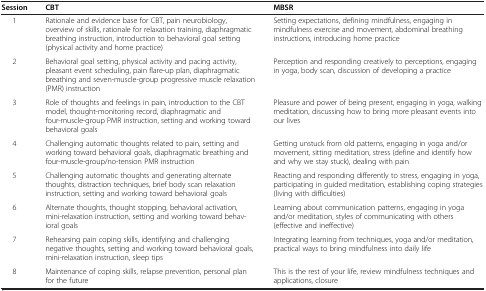
| Session | CBT | MBSR |
 | --- | --- | --- |
 | 1 | Rationale and evidence base for CBT, pain neurobiology, overview of skills, rationale for relaxation training, diaphragmatic breathing instruction, introduction to behavioral goal setting (physical activity and home practice) | Setting expectations, defining mindfulness, engaging in mindfulness exercise and movement, abdominal breathing instructions, introducing home practice |
 | 2 | Behavioral goal setting, physical activity and pacing activity, pleasant event scheduling, pain flare-up plan, diaphragmatic breathing and seven-muscle-group progressive muscle relaxation (PMR) instruction | Perception and responding creatively to perceptions, engaging in yoga, body scan, discussion of developing a practice |
 | 3 | Role of thoughts and feelings in pain, introduction to the CBT model, thought-monitoring record, diaphragmatic and four-muscle-group PMR instruction, setting and working toward behavioral goals | Pleasure and power of being present, engaging in yoga, walking meditation, discussing how to bring more pleasant events into our lives |
 | 4 | Challenging automatic thoughts related to pain, setting and working toward behavioral goals, diaphragmatic breathing and four-muscle-group/no-tension PMR instruction | Getting unstuck from old patterns, engaging in yoga and/or movement, sitting meditation, stress (define and identify how and why we stay stuck), dealing with pain |
 | 5 | Challenging automatic thoughts and generating alternate thoughts, distraction techniques, brief body scan relaxation instruction, setting and working toward behavioral goals | Reacting and responding differently to stress, engaging in yoga, participating in guided meditation, establishing coping strategies (living with difficulties) |
 | 6 | Alternate thoughts, thought stopping, behavioral activation, mini-relaxation instruction, setting and working toward behavioral goals | Learning about communication patterns, engaging in yoga and/or meditation, styles of communicating with others (effective and ineffective) |
 | 7 | Rehearsing pain coping skills, identifying and challenging negative thoughts, setting and working toward behavioral goals, mini-relaxation instruction, sleep tips | Integrating learning from techniques, yoga and/or meditation, practical ways to bring mindfulness into daily life |
 | 8 | Maintenance of coping skills, relapse prevention, personal plan for the future | This is the rest of your life, review mindfulness techniques and applications, closure |